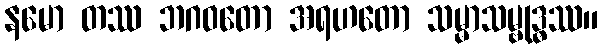
နမော တဿ ဘဂဝတော အရဟတော သမ္မာသမ္ဗုဒ္ဓဿ။